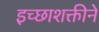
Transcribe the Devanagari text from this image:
इच्छाशक्तीने